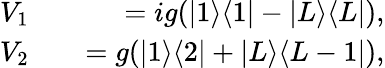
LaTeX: \begin{array}{rlr}{V_{1}}&{{}}&{=ig(|1\rangle\langle 1|-|L\rangle\langle L|),}\\ {V_{2}}&{{}}&{=g(|1\rangle\langle 2|+|L\rangle\langle L-1|),}\end{array}